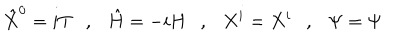
LaTeX: { \hat { X } } ^ { 0 } = i T , { \hat { H } } = - i H , X ^ { i } = X ^ { i } , \Psi = \Psi